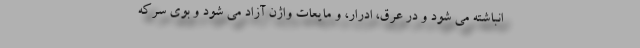
انباشته می شود و در عرق، ادرار، و مایعات واژن آزاد می شود و بوی سرکه